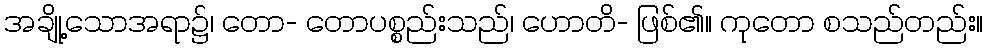
အချို့သောအရာ၌၊ တော- တောပစ္စည်းသည်၊ ဟောတိ- ဖြစ်၏။ ကုတော စသည်တည်း။